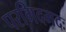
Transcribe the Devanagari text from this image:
परमिदमदः